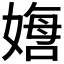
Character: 𫱙